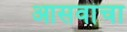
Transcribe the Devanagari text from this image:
आसवांचा